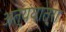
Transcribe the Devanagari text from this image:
अत्यंयात्रा